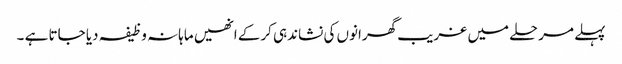
پہلے مرحلے میں غریب گھرانوں کی نشاندہی کرکے انھیں ماہانہ وظیفہ دیا جاتا ہے ۔